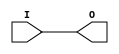
module SYN_OBUF_1(input I, output O);
  assign O = I;
endmodule